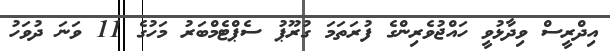
އިދްރީސް ވިދާޅުވީ ހައްޖުވެރިންގެ ފުރަތަމަ ގުރޫޕު ސެޕްޓެމްބަރު މަހުގެ 11 ވަނަ ދުވަހު